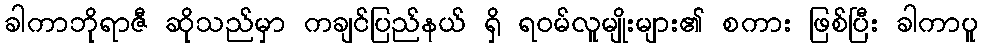
ခါကာဘိုရာဇီ ဆိုသည်မှာ ကချင်ပြည်နယ် ရှိ ရဝမ်လူမျိုးများ၏ စကား ဖြစ်ပြီး ခါကာပူ